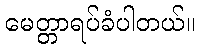
မေတ္တာရပ်ခံပါတယ်။